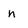
Character: n